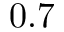
0 . 7